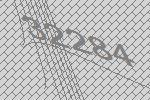
32284